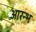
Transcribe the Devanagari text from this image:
आरन्भ